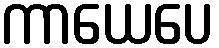
ကာယေပေ